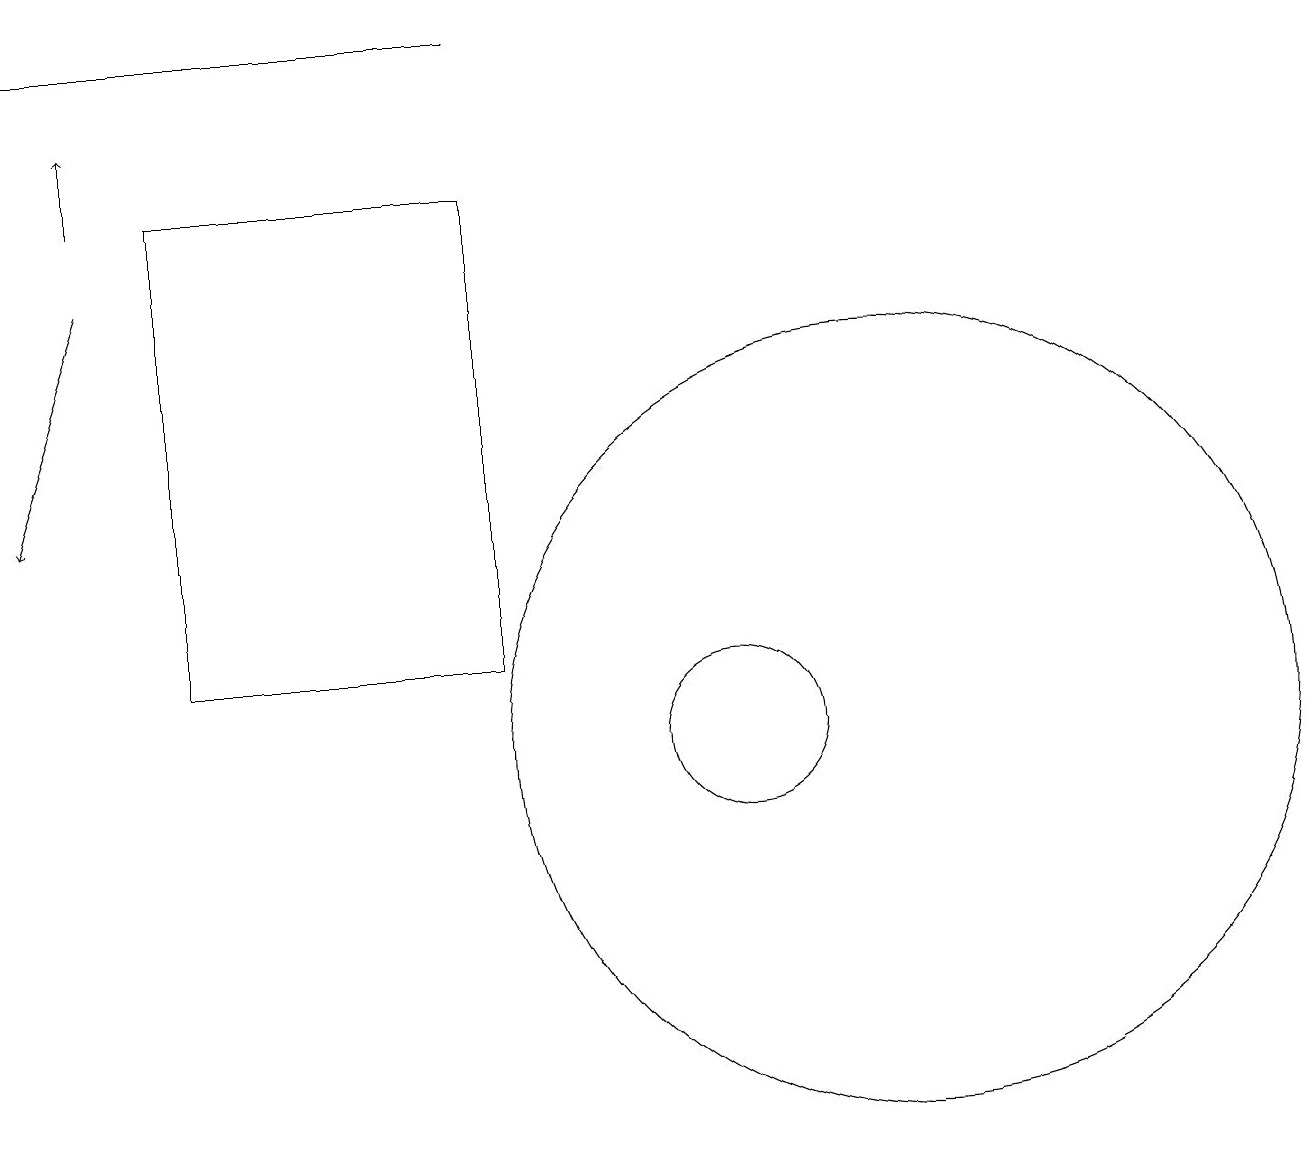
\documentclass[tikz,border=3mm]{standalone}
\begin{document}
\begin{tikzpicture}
\draw[->] (2,16) -- (1,13);
\draw (12,10) circle (5);
\draw (7,19) rectangle (1,19);
\draw (10,10) circle (1);
\draw (7,17) rectangle (3,11);
\draw[->] (2,17) -- (2,18);
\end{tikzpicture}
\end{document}